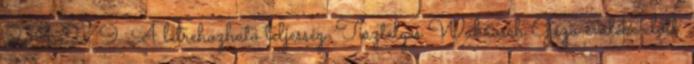
271-279. A létrehozható teljesség. Tisztelgés Wabrosch Géza emléke előtt.